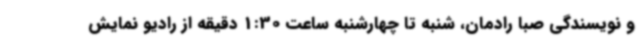
و نویسندگی صبا رادمان، شنبه تا چهارشنبه ساعت 1:30 دقیقه از رادیو نمایش